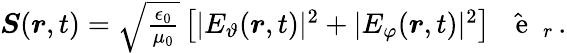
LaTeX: \begin{array}{r}{\boldsymbol{S}(\boldsymbol{r},t)=\sqrt{\frac{\epsilon_{0}}{\mu_{0}}}\, \big[|E_{\vartheta}(\boldsymbol{r},t)|^{2}+|E_{\varphi}(\boldsymbol{r},t)|^{2}\big]\, \hat{\mathrm{~\textbf~{~e~}~}}_{r}\, .}\end{array}